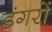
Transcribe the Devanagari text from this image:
डंगरों